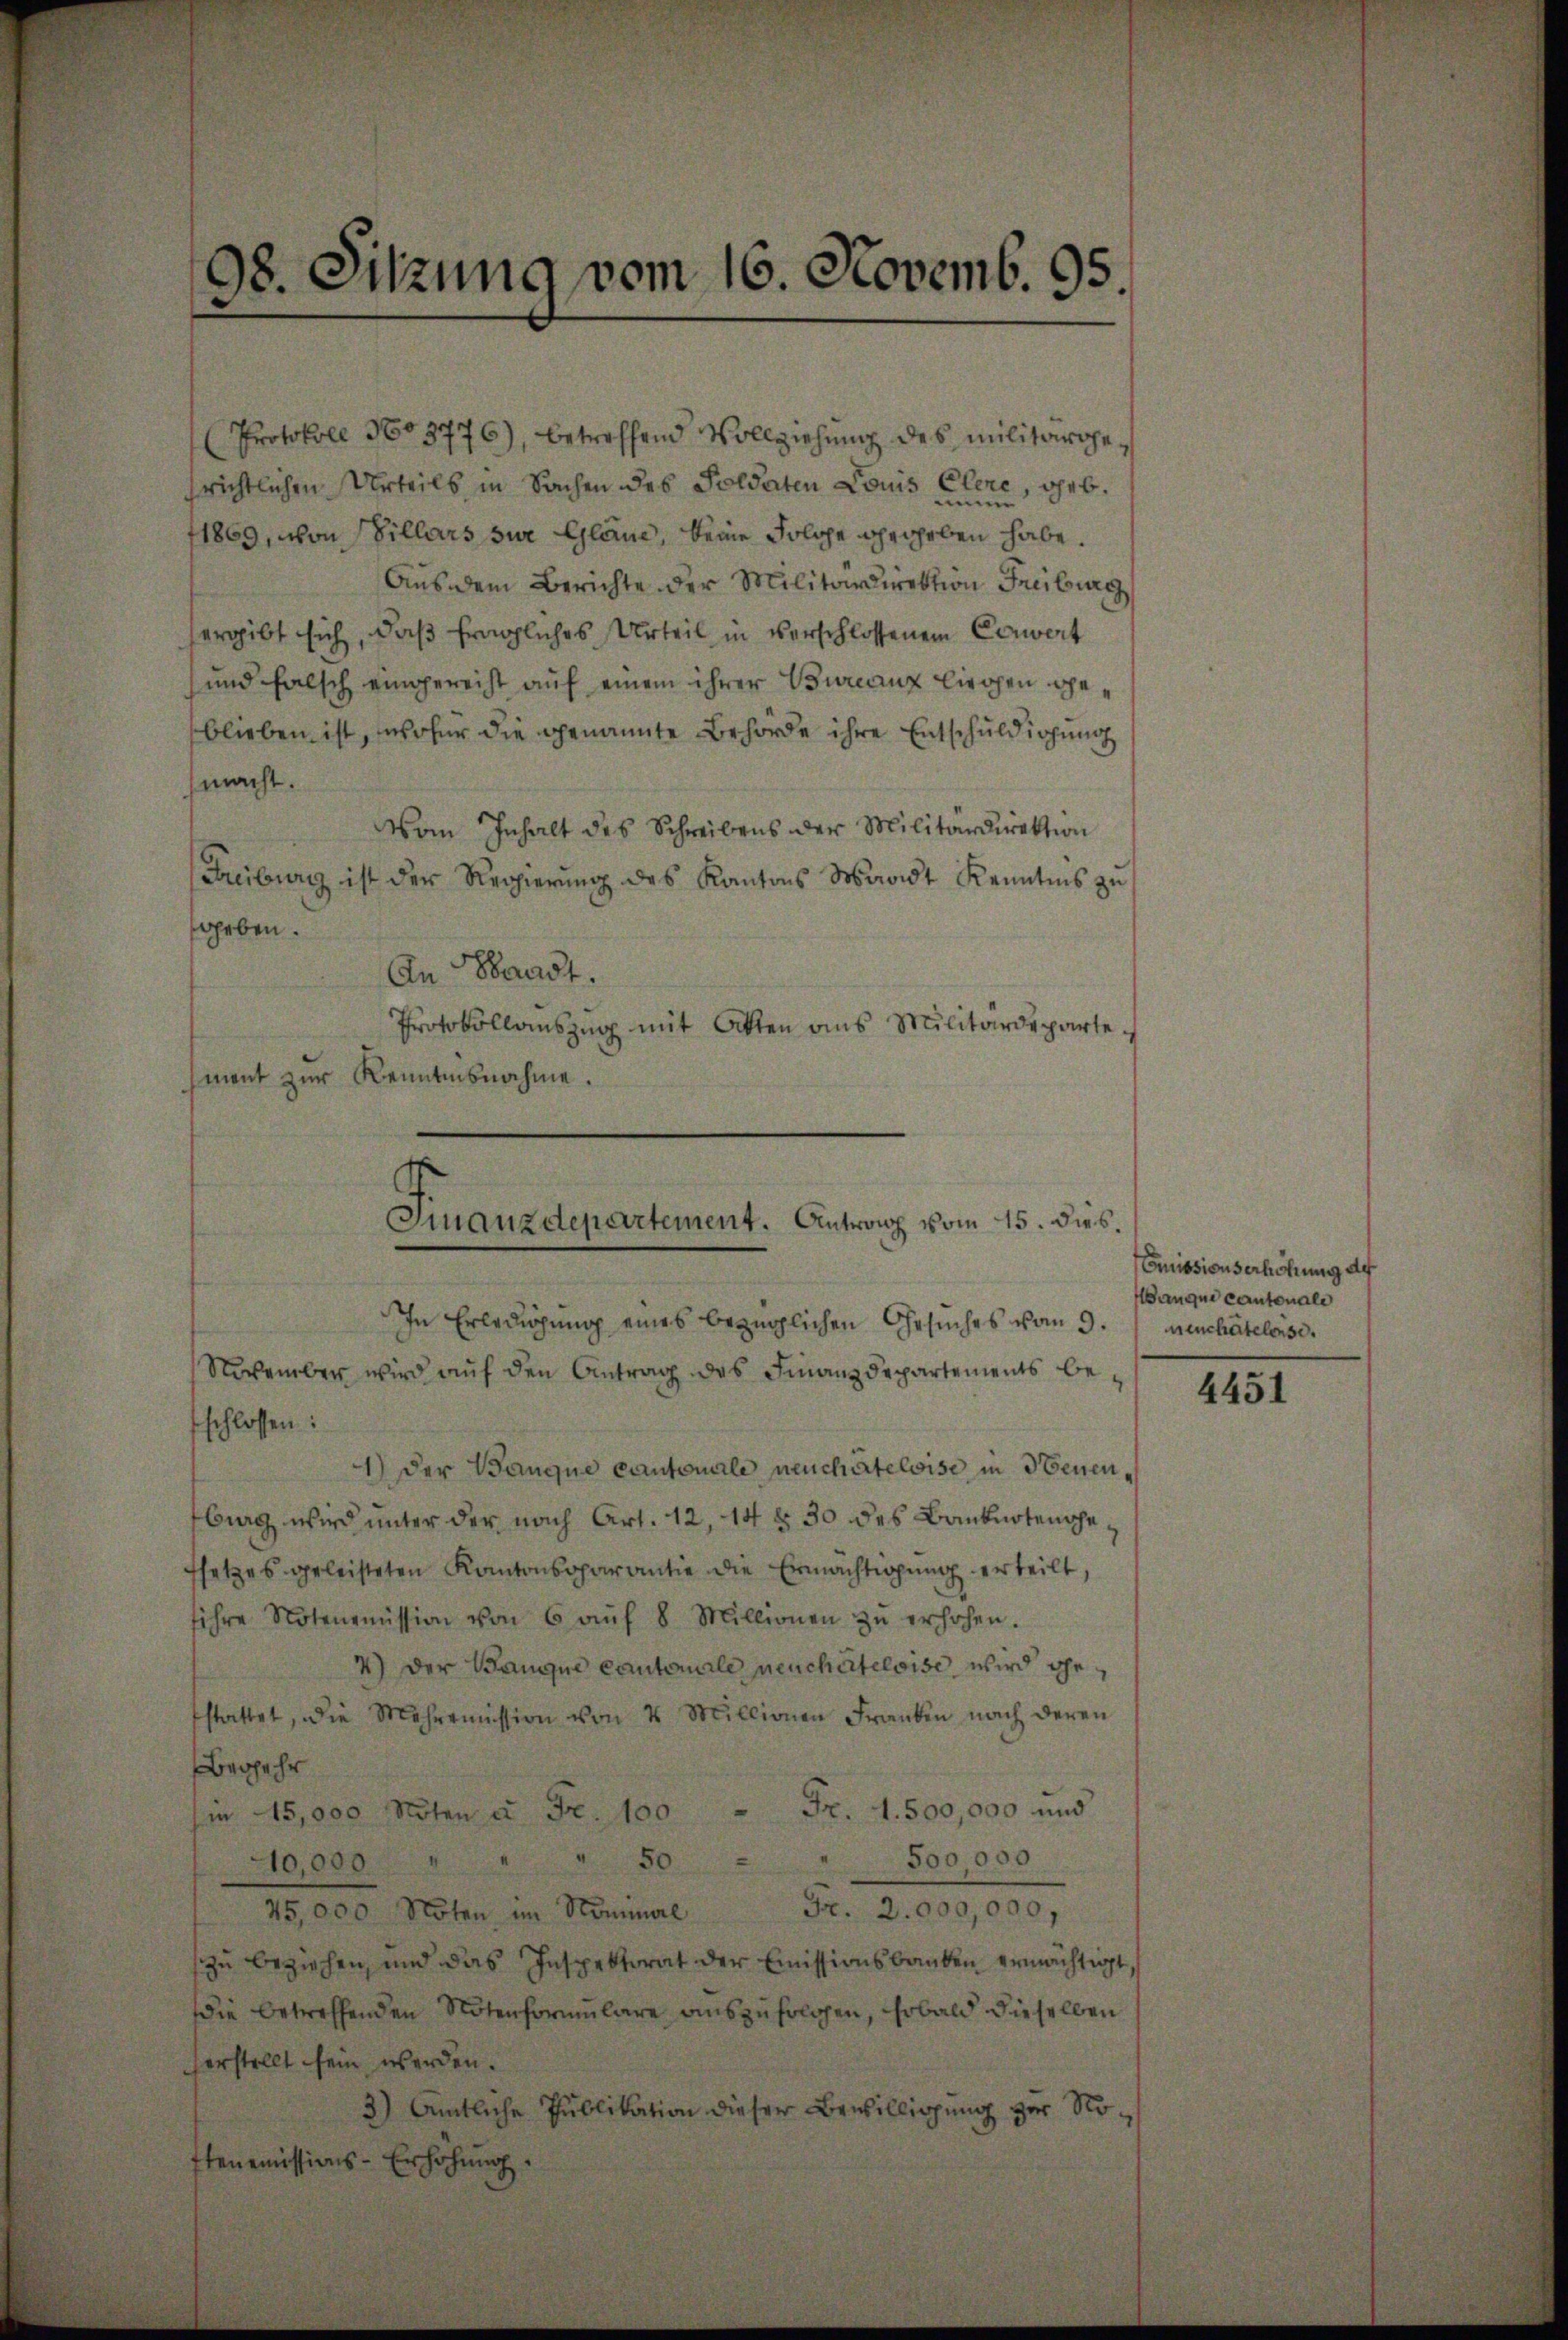
c
98. Sitzung vom 16. Novemb. 95.

Protokoll No 3776), betreffend Vollziehung des militärgesrichtlichen Urteils in Sachen des Soldaten Louis Elere, geb.
1869, von Villars zur Gläne, keine solche gegeben habe.
Aus dem Berichte der Militärdirektion Freiburg
ergibt sich, daß fragliches Urteil in verschlossenem Couvert
und falsch eingereist auf einem ihrer Burcanz Kirchen geblieben ist, wofür die genannte Behörde ihre Entschuldigung
macht.
Vom Inhalt des Schreibens der Militärdirektion
Freiburg ist der Regierung des Kantons Waadt Kenntnis zu
geben.
An Waadt.
Protokollauszug mit Atten aus Militärdeparte
ment zur Kenntnisnahme.
In Erledigung eines bezüglichen Gesuches vom 9.
November wird auf den Antrag des Finanzdepartements be-
schlossen:
1.) Der Banque cantonale neuchâteloise in Neuenburg, wird unter der nach Art. 12, 14 § 30 des Banknotenge,
fsetzes geleisteten Kantonsparantie die Ermächtigung erteilt,
sihre Notenmmission von 6 aŭf 8 Millionen zŭ erhöhen.
4) Der Baugue Cantonale neuchâteloise wird gestattet, die Mehromission von 4 Millionen Franken nach deren
Begehr
2
Fr. 1. 500,000 und
 15,000 Nöten u. Fr. 100
500,000
10,000.
Fr. 2. 000,000,
25,000 Noten im Nominal
zu beziehen, und das Inspektorat der Emissionsbanken ermächtigt,
die betreffenden Notenformulare auszufolgen, sobald dieselben
herstellt sein werden.
3) Amtliche Publikation dieser Bewilligung zur Notenemissions-Erhöhung.

Finanzdepartement. Anton vom 15. dies.

Emissionserhöhung de
anque cantonale
neuchatelense.

4451